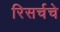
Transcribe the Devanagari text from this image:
रिसर्चचे